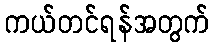
ကယ်တင်ရန်အတွက်